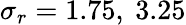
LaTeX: \sigma_{r}=1.75,~3.25